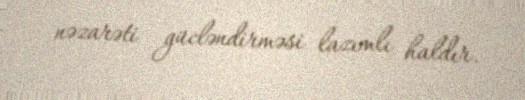
nəzarəti gücləndirməsi lazımlı haldır.